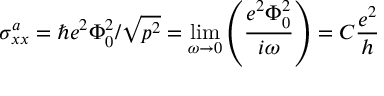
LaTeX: \sigma _ { x x } ^ { a } = \hbar e ^ { 2 } \Phi _ { 0 } ^ { 2 } / \sqrt { p ^ { 2 } } = \operatorname * { l i m } _ { \omega \rightarrow 0 } \left( \frac { e ^ { 2 } \Phi _ { 0 } ^ { 2 } } { i \omega } \right) = C \frac { e ^ { 2 } } { h }